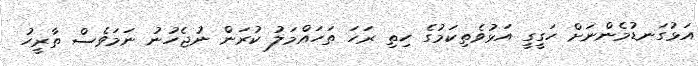
އަޅުގަނޑުމެންނަށް ހަގީގީ އަޅުވެތިކަމުގެ ހިތި ރަހަ ތަހައްމަލު ކުރަން ނުޖެހުނު ނަމަވެސް ތާރީހު